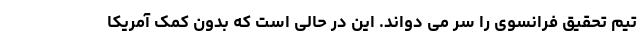
تیم تحقیق فرانسوی را سر می دواند. این در حالی است که بدون کمک آمریکا